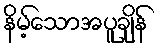
နိမ့်သောအပူချိန်